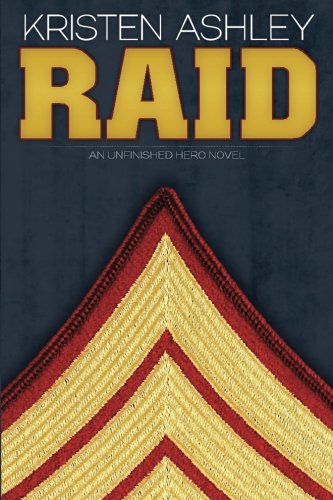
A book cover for Raid: An Unfinished Hero Novel (Unfinished Heroes) (Volume 3); Kristen Ashley; Romance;